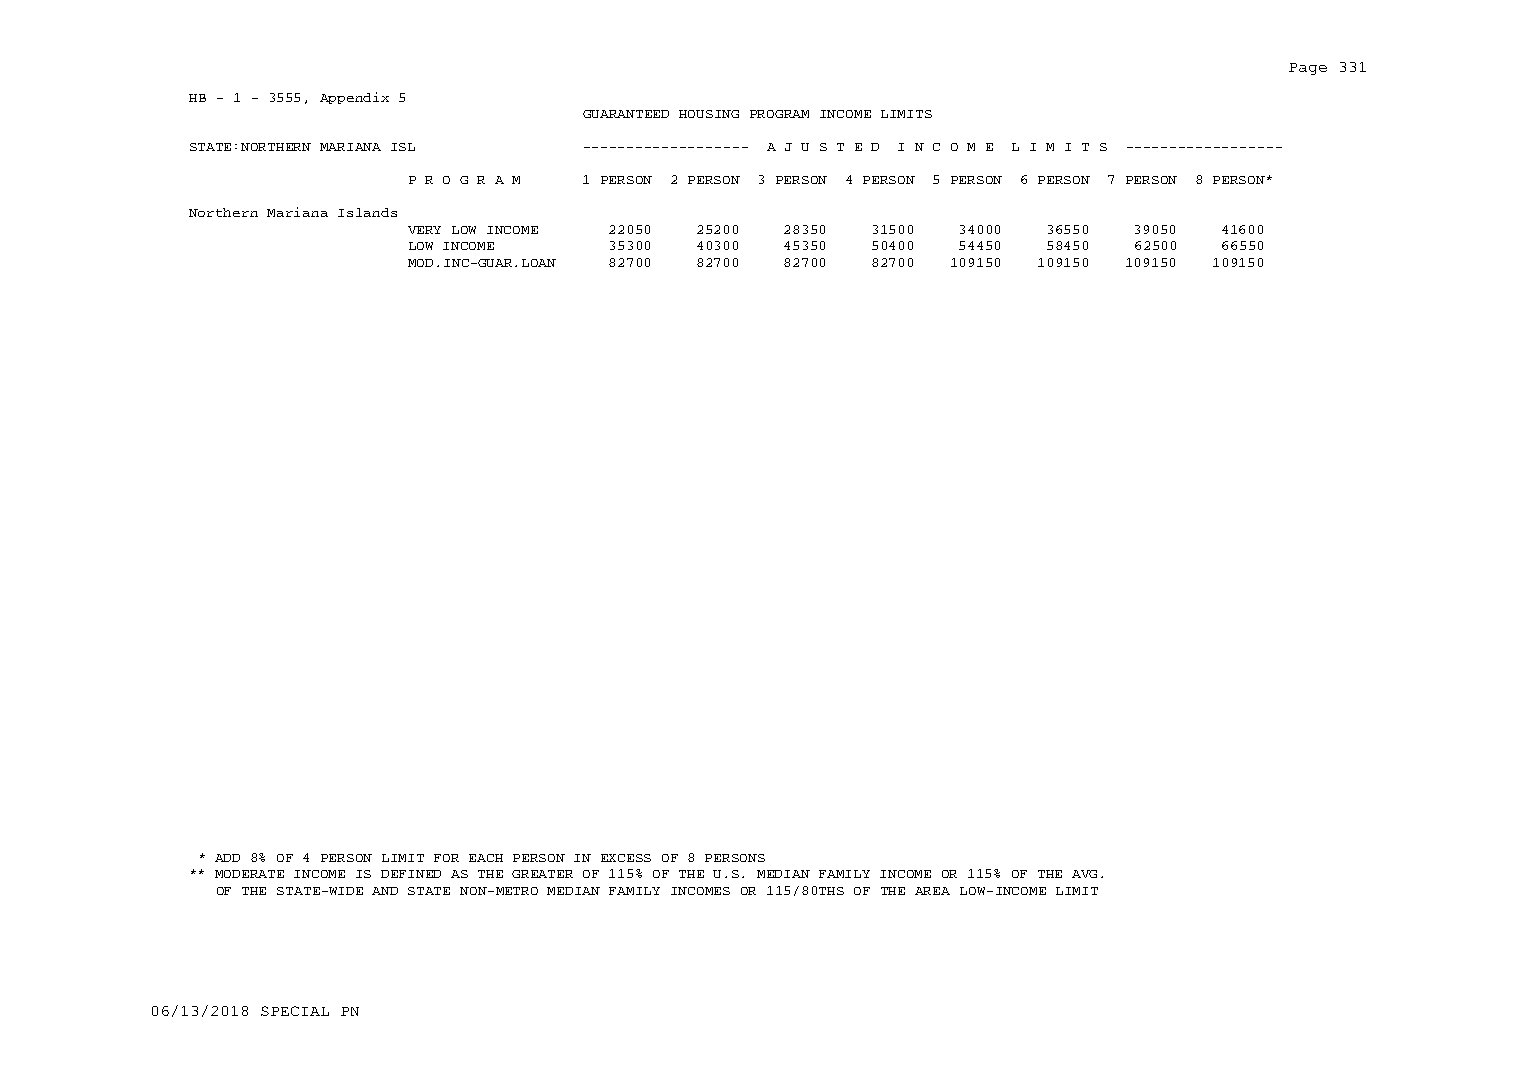
Page 331
 HB - 1 - 3555, Appendix 5
 GUARANTEED HOUSING PROGRAM INCOME LIMITS
 STATE:NORTHERN MARIANA ISL ------------------- A J U S T E D I N C O M E L I M I T S ------------------
 P R O G R A M 1 PERSON 2 PERSON 3 PERSON 4 PERSON 5 PERSON 6 PERSON 7 PERSON 8 PERSON*
 Northern Mariana Islands
 VERY LOW INCOME 22050 25200 28350 31500 34000 36550 39050 41600
 LOW INCOME    35300 40300 45350 50400 54450 58450 62500 66550
 MOD.INC-GUAR.LOAN 82700 82700 82700 82700 109150 109150 109150 109150
 * ADD 8% OF 4 PERSON LIMIT FOR EACH PERSON IN EXCESS OF 8 PERSONS
 ** MODERATE INCOME IS DEFINED AS THE GREATER OF 115% OF THE U.S. MEDIAN FAMILY INCOME OR 115% OF THE AVG.
 OF THE STATE-WIDE AND STATE NON-METRO MEDIAN FAMILY INCOMES OR 115/80THS OF THE AREA LOW-INCOME LIMIT
 06/13/2018 SPECIAL PN